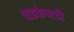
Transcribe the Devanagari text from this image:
खडकेवाडी